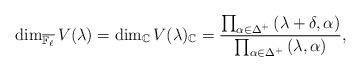
LaTeX: \begin{align*}\displaystyle \dim_{\overline{\mathbb{F}_\ell}} V(\lambda) = \dim_\mathbb{C} V(\lambda)_{\mathbb{C}} = \displaystyle \frac{\prod_{\alpha \in \Delta^+} \left(\lambda+\delta,\alpha \right)}{\prod_{\alpha \in \Delta^+} \left(\lambda,\alpha \right)},\end{align*}